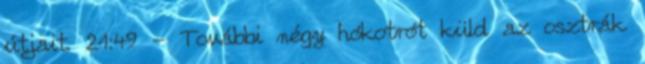
útjait. 21:49 - További négy hókotrót küld az osztrák